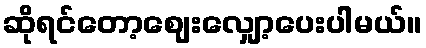
ဆိုရင်တော့ဈေးလျှော့ပေးပါမယ်။